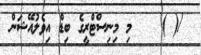
/( )    މި މިނިސްޓްރީގެ ބިޑް އިވެލުއޭޝަން